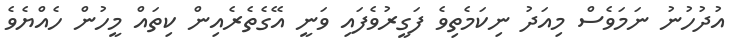
އުދުހުނު ނަމަވެސް މިއަދު ނިކަމެތިވެ ފަގީރުވެފައި ވަނީ އޭގެތެރެއިން ކިތައް މީހުން ހެއްޔެވެ